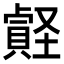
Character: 𧷎